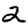
Digit: 2